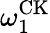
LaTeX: \omega_{1}^{\mathrm{CK}}